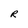
Character: R